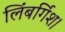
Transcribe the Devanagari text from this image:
लिंबर्गिश।